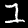
Digit: 1